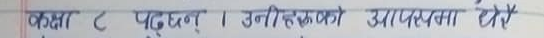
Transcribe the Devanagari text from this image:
कक्षा 2 पढ्छन् । उनीहरुको आवश्यकता होस्